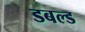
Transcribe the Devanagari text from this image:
डबल्ड